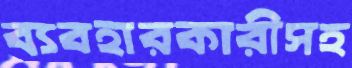
ব্যবহারকারীসহ